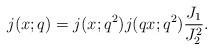
LaTeX: \begin{align*}j(x;q) = j(x;q^2)j(qx;q^2)\frac{J_1}{J_2^2}.\end{align*}